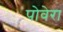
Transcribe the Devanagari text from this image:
पोवेरा